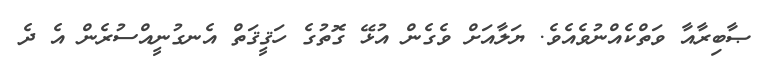
ޞާބިރާއާ ވަތްކެއްނުވެއެވެ. ޔަލާއަށް ވެގެން އުޅޭ ގޮތުގެ ހަޤީޤަތް އެނގުނީއްސުރެން އެ ދެ